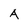
Character: A